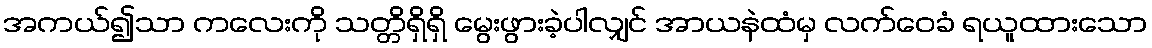
အကယ်၍သာ ကလေးကို သတ္တိရှိရှိ မွေးဖွားခဲ့ပါလျှင် အာယနဲထံမှ လက်ဝေခံ ရယူထားသော